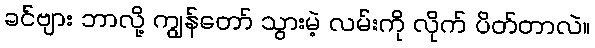
ခင်ဗျား ဘာလို့ ကျွန်တော် သွားမဲ့ လမ်းကို လိုက် ပိတ်တာလဲ။